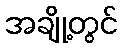
အချို့တွင်